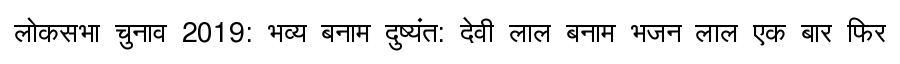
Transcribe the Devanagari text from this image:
लोकसभा चुनाव 2019: भव्य बनाम दुष्यंत: देवी लाल बनाम भजन लाल एक बार फिर